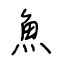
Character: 魚